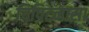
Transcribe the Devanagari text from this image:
चिपिटनासा